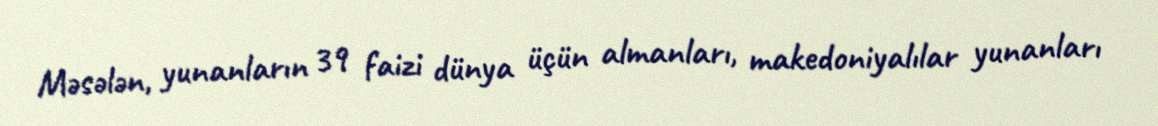
Məsələn, yunanların 39 faizi dünya üçün almanları, makedoniyalılar yunanları